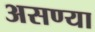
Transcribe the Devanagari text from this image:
असण्या